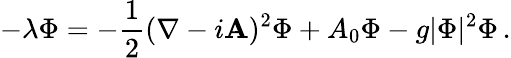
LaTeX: -\lambda\Phi=-{\frac{1}{2}}(\nabla-i{\mathbf A})^{2}\Phi+A_{0}\Phi-g|\Phi|^{2}\Phi\, .